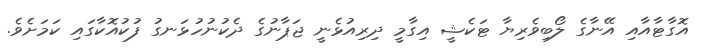
އޮގާޓާއާއި އޭނާގެ ލޯބިވެރިޔާ ޓަކެޝީ އިގާމީ ދިރިއުޅެނީ ޖަޕާނުގެ ދެކުނުހުޅަނގު ފުކުއޮކާގައި ކަމަށެވެ.